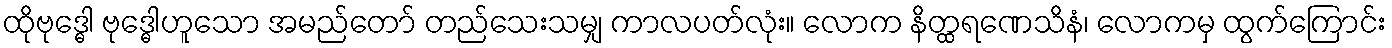
ထိုဗုဒ္ဓေါ ဗုဒ္ဓေါဟူသော အမည်တော် တည်သေးသမျှ ကာလပတ်လုံး။ လောက နိတ္ထရဏေသိနံ၊ လောကမှ ထွက်ကြောင်း